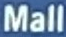
Mall